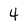
Character: 4